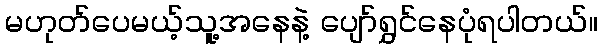
မဟုတ်ပေမယ့်သူ့အနေနဲ့ ပျော်ရွှင်နေပုံရပါတယ်။